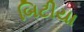
બિટીયા